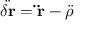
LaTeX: { \ddot { \delta \mathbf { r } } } = \mathbf { \ddot { r } } - { \boldsymbol { \ddot { \rho } } }